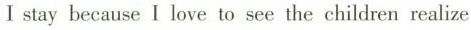
Ⅰstay because I love to see the children realize